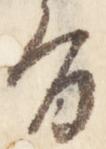
旨